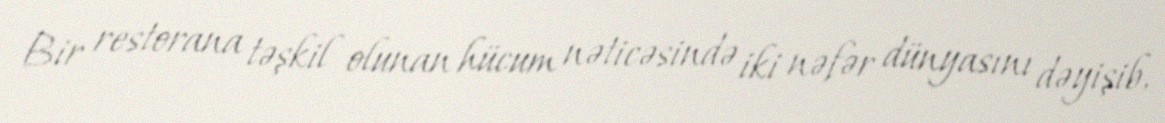
Bir restorana təşkil olunan hücum nəticəsində iki nəfər dünyasını dəyişib,